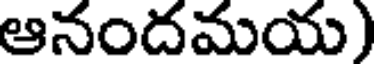
ఆనందమయ)